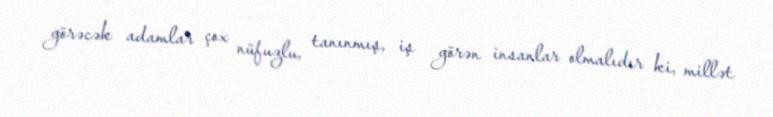
görəcək adamlar çox nüfuzlu, tanınmış, iş görən insanlar olmalıdır ki, millət